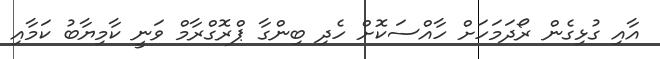
އާއި ގުޅިގެން ރޯދަމަހަށް ހާއްސަކޮށް ހެދި ބިންގާ ޕްރޮގްރާމް ވަނީ ކާމިޔާބު ކަމާއި